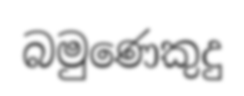
බමුණෙකුදු